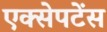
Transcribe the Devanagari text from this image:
एक्सेपटेंस